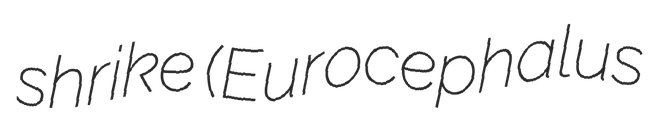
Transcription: shrike (Eurocephalus